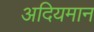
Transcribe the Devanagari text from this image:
अदियमान